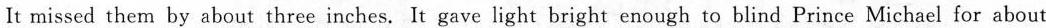
It missed them by about three inches. It gave light bright enough to blind Prince Michael for about